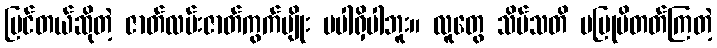
မြင်တယ်ဆိုတဲ့ ဇာတ်လမ်းဇာတ်ကွက်မျိုး မပါရှိပါဘူး။ လူတွေ သိပ်သတိ မပြုမိတတ်ကြတဲ့